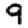
Digit: 9